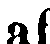
af